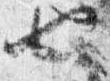
也